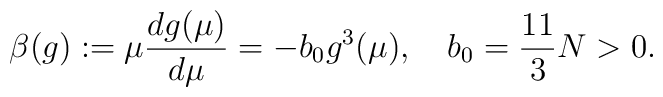
\beta(g) := \mu {dg(\mu) \over d\mu} = - b_0 g^3(\mu) ,\quad b_0 = {11 \over 3}N > 0 .